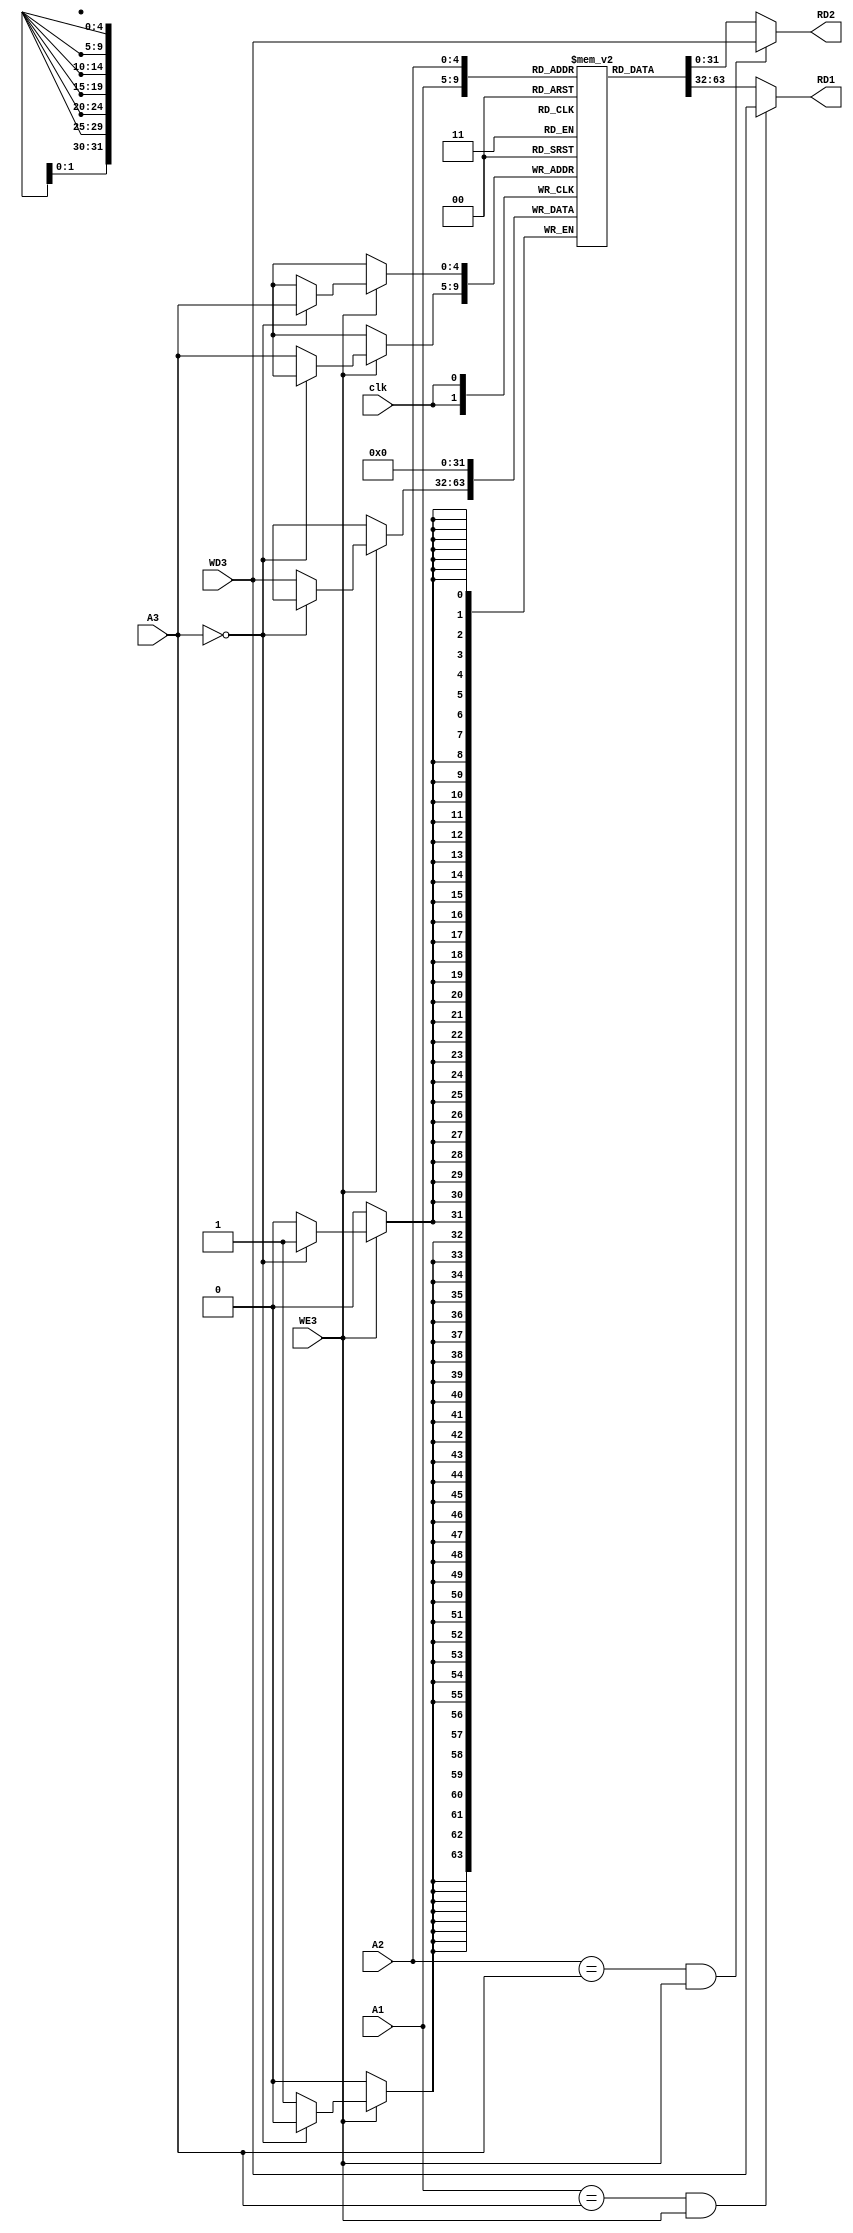
module registerfile(

input clk,
input wire [4:0] A1, 
input wire [4:0] A2, 
input wire [4:0] A3,
input wire [31:0] WD3,

//input wire [31:0] return, //from RAM


input WE3,
output reg [31:0] RD1, 
output reg [31:0] RD2

);


reg [31:0] register [31:0];


initial RD1 = 0;
initial RD2 = 0;
integer i;
initial i = 0;

 
//reg signed [31:0] reginput;
//initial reginput = 0; 


initial begin 

	for (i = 0; i <32 ; i = i+1) begin	
		register[i] = 32'b00000000000000000000000000000000; 
	end 	
	
end

initial register[2'b10] = 8'hff;


always @(posedge clk) begin


	if(WE3 == 2'b01)begin
	
	if (A3 == 0) begin
	
		register[A3] = 0;
		
	end else begin 
	
		register[A3] = WD3;			
		
	end
	
	end 
	


end 


always @* begin
	
//	RD1 = register[A1];
//	RD2 = register[A2]; 	
	
			if (A1 == A3 & WE3 == 2'b01) begin
		
				RD1 = WD3;
			
			end else begin
			
				RD1 = register[A1];									
			
			end			
			
			if (A2 == A3 & WE3 == 2'b01) begin
			
				RD2 = WD3;
	
			end else begin

				RD2 = register[A2]; 	
			
			end	
		

end 





endmodule